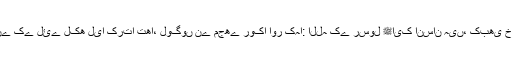
سیدناعبداللہ بن عمرو بن عاص ﷜ کہتے ہیں کہ میں نبی کریم ﷺ سے جو کچھ سنتا اسے یاد کرنے کے لئے لکھ لیا کرتا تھا، لوگوں نے مجھے روکا اور کہا: اللہ کے رسول ﷺایک انسان ہیں، کبھی خوشی کی حالت میں باتیں کرتے ہیں تو کبھی غصہ کی حالت میں، اس پر میں نے لکھنا چھوڑ دیا۔